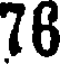
76